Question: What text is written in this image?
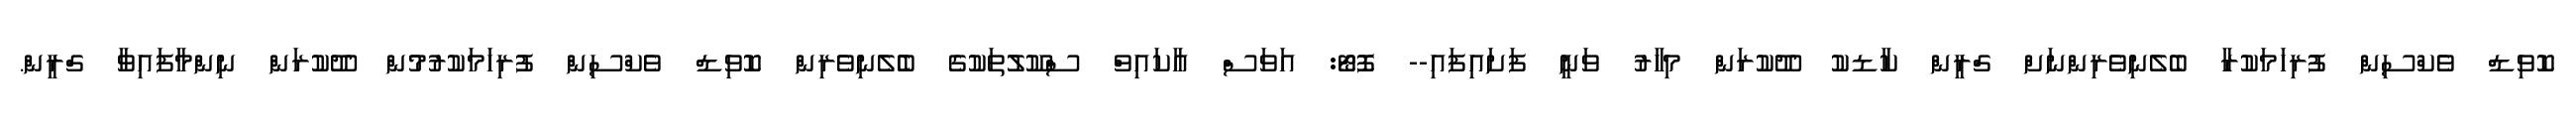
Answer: ކޮވިޑް ވެކްސިން ފުރިހަމަކުރާ ބެލެނިވެރިންނަށް ގްރީން ކާޑކު ދޫކުރަން މިހާރު ވަނީ ފަށައިފައި-- ފޮޓޯ: އަވަސް އާކައިވް ސްކޫލުތަކުގެ ބެެލެނިވެރިން ކޮވިޑް ވެކްސިން ފުރިހަމަކުރުމުން ދޫކުރަން ނިންމާފައިވާ ގްރީން.